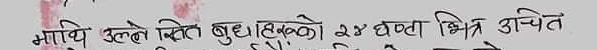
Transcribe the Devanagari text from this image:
माथि उल्लखित बुँदाहरूको २४ घण्टा भित्र उचित